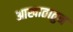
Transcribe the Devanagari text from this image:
आखातातुन